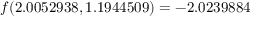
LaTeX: f ( 2 . 0 0 5 2 9 3 8 , 1 . 1 9 4 4 5 0 9 ) = - 2 . 0 2 3 9 8 8 4